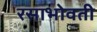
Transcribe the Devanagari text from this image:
रसाभोवती